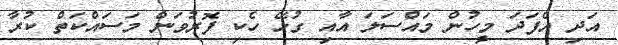
އަދި އެފަދަ މީހުން މައްސަލަ އާއި ގުޅޭ ހެކި ފޮރުވަން މަސައްކަތް ކުރާ